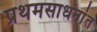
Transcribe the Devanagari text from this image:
प्रथमसाधनांत